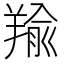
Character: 羭